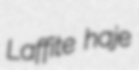
Laffite haje